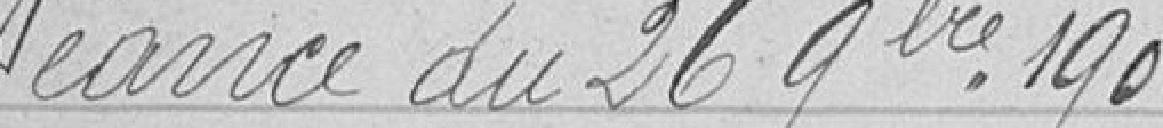
Séance du 26 novembre 1904